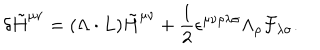
LaTeX: \delta \tilde { H } ^ { \mu \nu } = ( \Lambda \cdot L ) \tilde { H } ^ { \mu \nu } + { \frac { 1 } { 2 } } \epsilon ^ { \mu \nu \rho \lambda \sigma } \Lambda _ { \rho } { \cal F } _ { \lambda \sigma } .